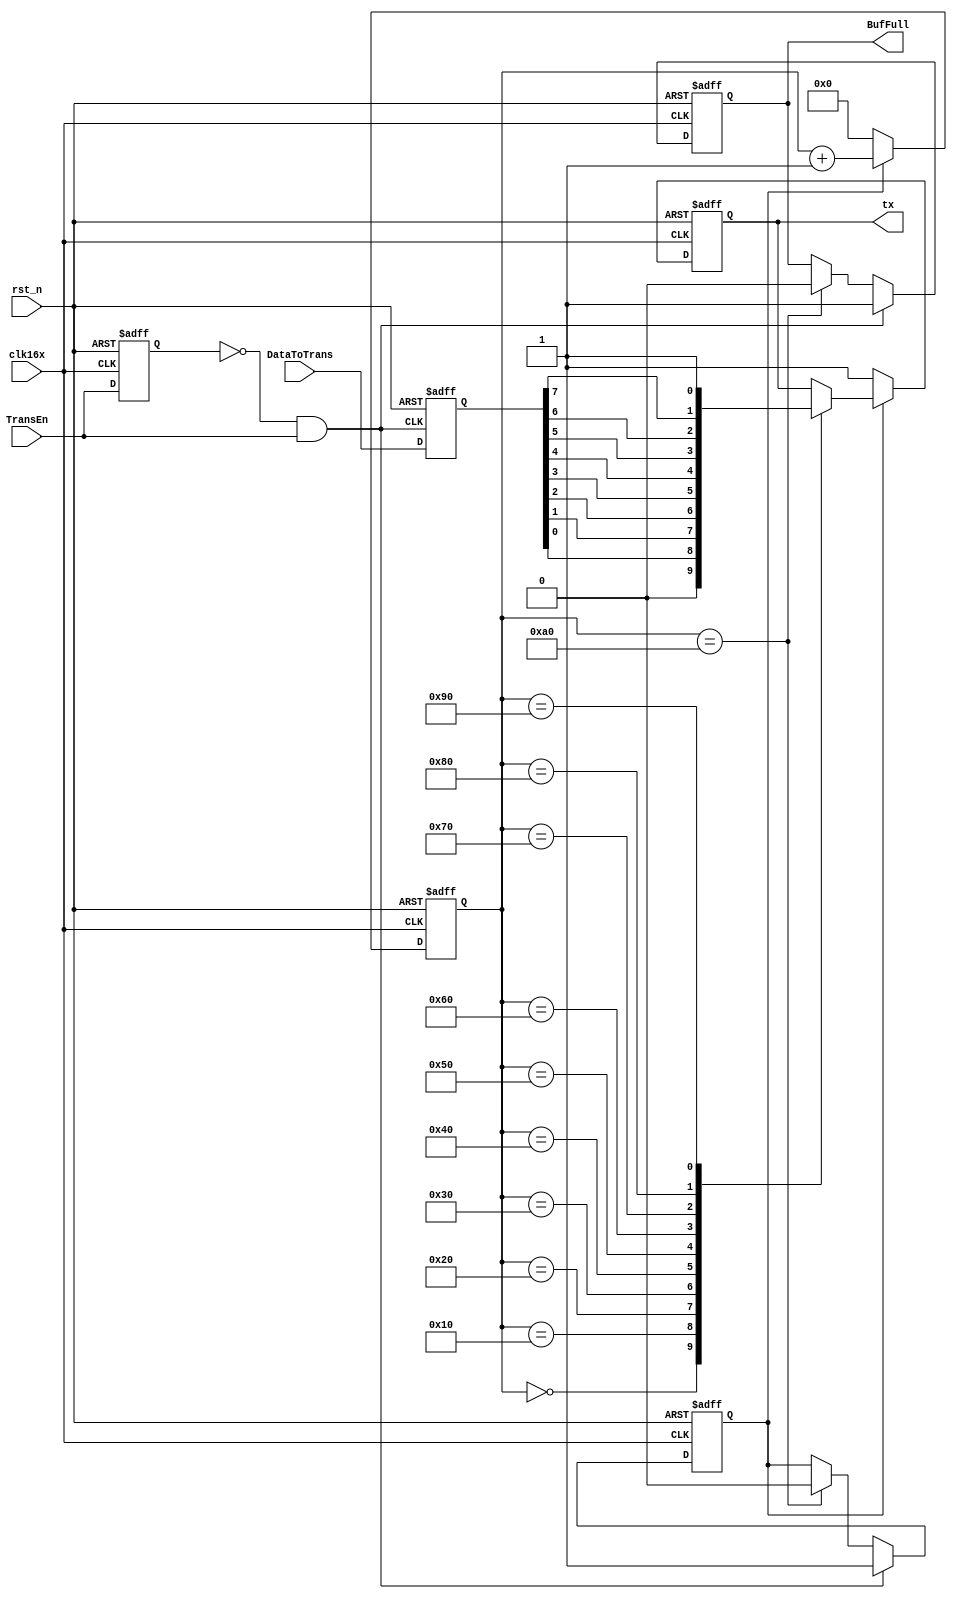
module UARTsend(
	clk16x,
	rst_n,
	TransEn,
	DataToTrans,
	BufFull,
	tx);

	//---Ports declearation: generated by Robei---
	input clk16x;
	input rst_n;
	input TransEn;
	input [7:0] DataToTrans;
	output BufFull;
	output tx;

	wire clk16x;
	wire rst_n;
	wire TransEn;
	wire [7:0] DataToTrans;
	reg BufFull;
	reg tx;

	//----Code starts here: integrated by Robei-----
	
	/*    capture the rising edge of TransEn    */
	reg [7:0] cnt; 
	reg TransEn_r;
	wire pos_tri;
	always@(posedge clk16x or negedge rst_n)
	begin
	    if(!rst_n)
	        TransEn_r <= 1'b0;
	    else
	        TransEn_r <= TransEn;
	end
	assign pos_tri = ~TransEn_r & TransEn;
	
	/*
	*    when the rising edge of DataEn comes up, load the Data to buffer
	*/
	reg [7:0] ShiftReg;
	always@(posedge pos_tri or negedge rst_n)
	begin
	    if(!rst_n)
	        ShiftReg <= 8'b0;
	    else
	        ShiftReg <= DataToTrans;
	end
	//----------------------------------------------    
	/*     counter control      */
	reg cnt_en;
	always@(posedge clk16x or negedge rst_n)
	begin
	    if(!rst_n)
	        begin
	            cnt_en  <= 1'b0;
	            BufFull <= 1'b0;
	        end
	    else if(pos_tri==1'b1)
	        begin
	            cnt_en  <=1'b1;
	            BufFull <=1'b1;
	        end
	    else if(cnt==8'd160)
	        begin
	            cnt_en<=1'b0;
	            BufFull <=1'b0;
	        end
	end
	
	//---------------------------------------------
	/*      counter module        */
	
	always@(posedge clk16x or negedge rst_n)
	begin
	    if(!rst_n)
	        cnt<=8'd0;
	    else if(cnt_en)
	        cnt<=cnt+1;
	    else
	        cnt<=8'd0;
	end
	
	//---------------------------------------------
	/*      transmit module        */
	
	always@(posedge clk16x or negedge rst_n)
	begin
	    if(!rst_n)
	        begin
	            tx <= 1'b1;
	        end
	    else if(cnt_en)
	        case(cnt)
	            8'd0   :  tx <= 1'b0;
	            8'd16  :  tx <= ShiftReg[0];
	            8'd32  :  tx <= ShiftReg[1];
	            8'd48  :  tx <= ShiftReg[2];
	            8'd64  :  tx <= ShiftReg[3];
	            8'd80  :  tx <= ShiftReg[4];
	            8'd96  :  tx <= ShiftReg[5];
	            8'd112 :  tx <= ShiftReg[6];
	            8'd128 :  tx <= ShiftReg[7];
	            8'd144 :  tx <= 1'b1;
	        endcase
	    else
	        tx <= 1'b1;
	end
	
	
	
	
	
endmodule    //UARTsend